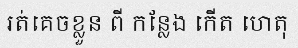
រត់គេចខ្លួន ពី កន្លែង កើត ហេតុ